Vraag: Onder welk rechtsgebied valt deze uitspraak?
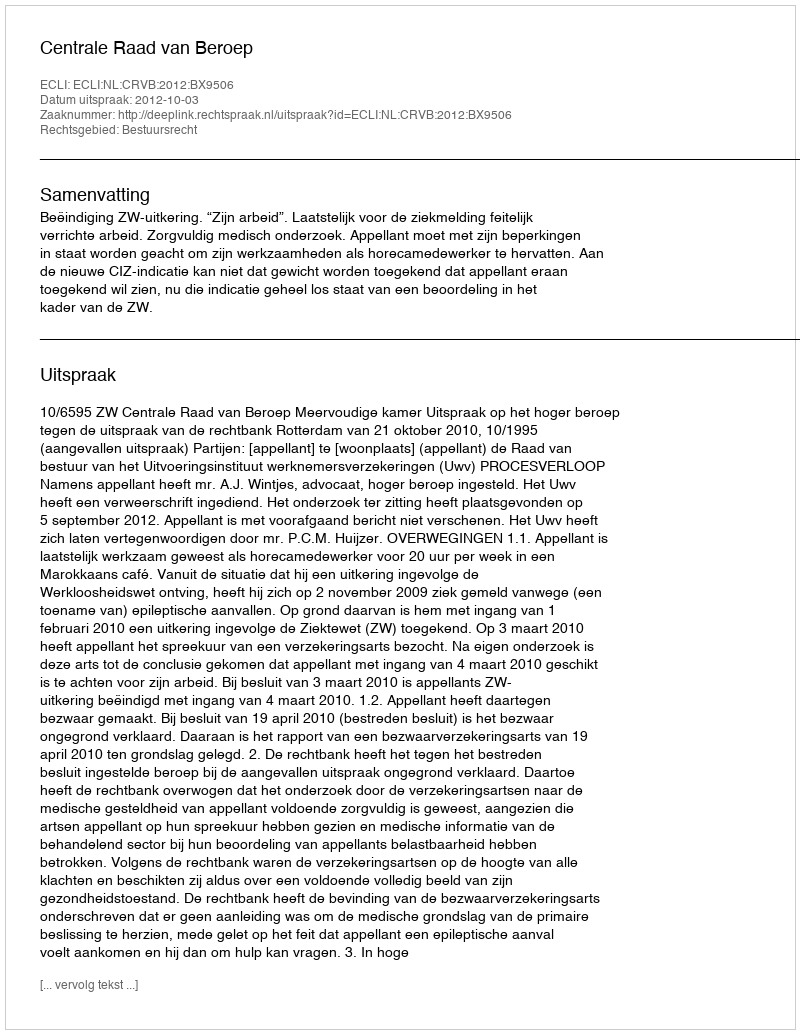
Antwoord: Bestuursrecht